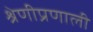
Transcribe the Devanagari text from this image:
श्रेणीप्रणाली